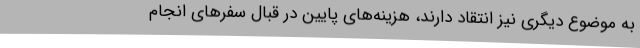
به موضوع دیگری نیز انتقاد دارند، هزینه‌های پایین در قبال سفرهای انجام